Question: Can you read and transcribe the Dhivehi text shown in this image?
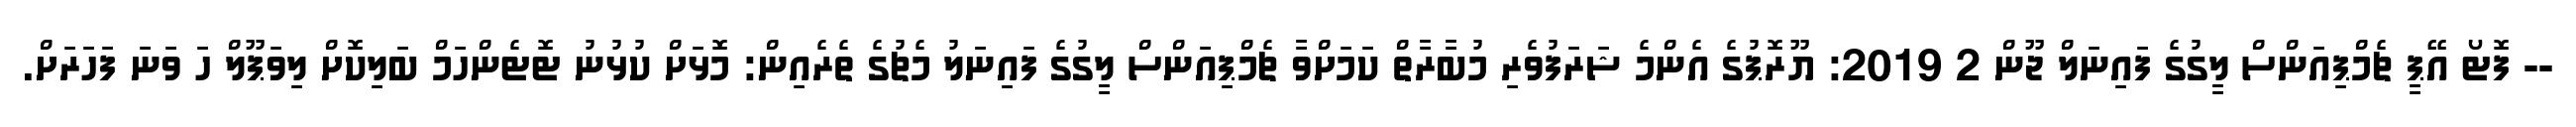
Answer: -- ފޮޓޯ އޭޕީ ޗެމްޕިއަންސް ލީގުގެ ފައިނަލް ޖޫން 2 2019: ޔޫރޮޕުގެ އެންމެ ޝަރަފުވެރި މުބާރާތް ކަމަށްވާ ޗެމްޕިއަންސް ލީގުގެ ފައިނަލު މެޗުގެ ތެރެއިން: މޮޅަށް ކުޅުނު ޓޮޓެންހަމް ބަލިކޮށް ލިވަޕޫލް ހަ ވަނަ ފަހަރަށް.